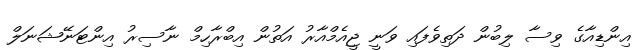
އިންޑިއާގެ ވިސާ ލިބުން ދަތިވެފައި ވަނީ ޖީއެމްއާރު އަތުން އިބްރާހިމް ނާސިރު އިންޓަނޭޝަނަލް